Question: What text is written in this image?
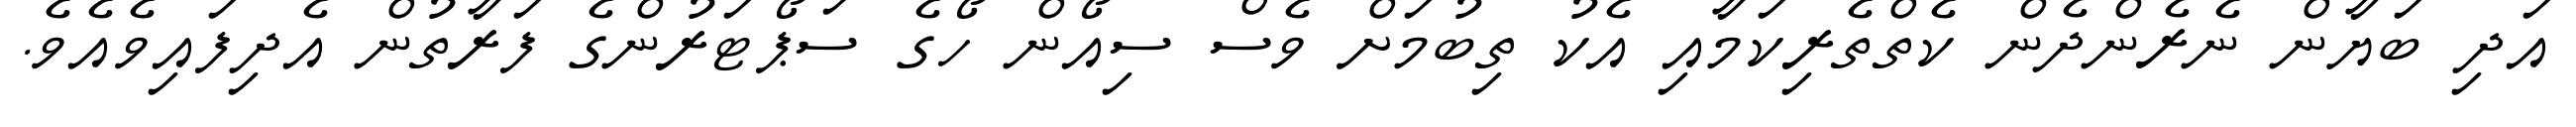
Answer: އަދި ބަޔާން ނެރެންދެން ކެތްތެރިކަމާއި އެކު ތިބުމަށް ވެސް ސިއޯން ހޯގެ ސަޕޯޓަރުންގެ ފަރާތުން އެދިފައިވެއެވެ.